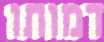
דמותו